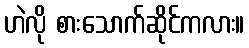
ဟဲလို စားသောက်ဆိုင်ကလား။